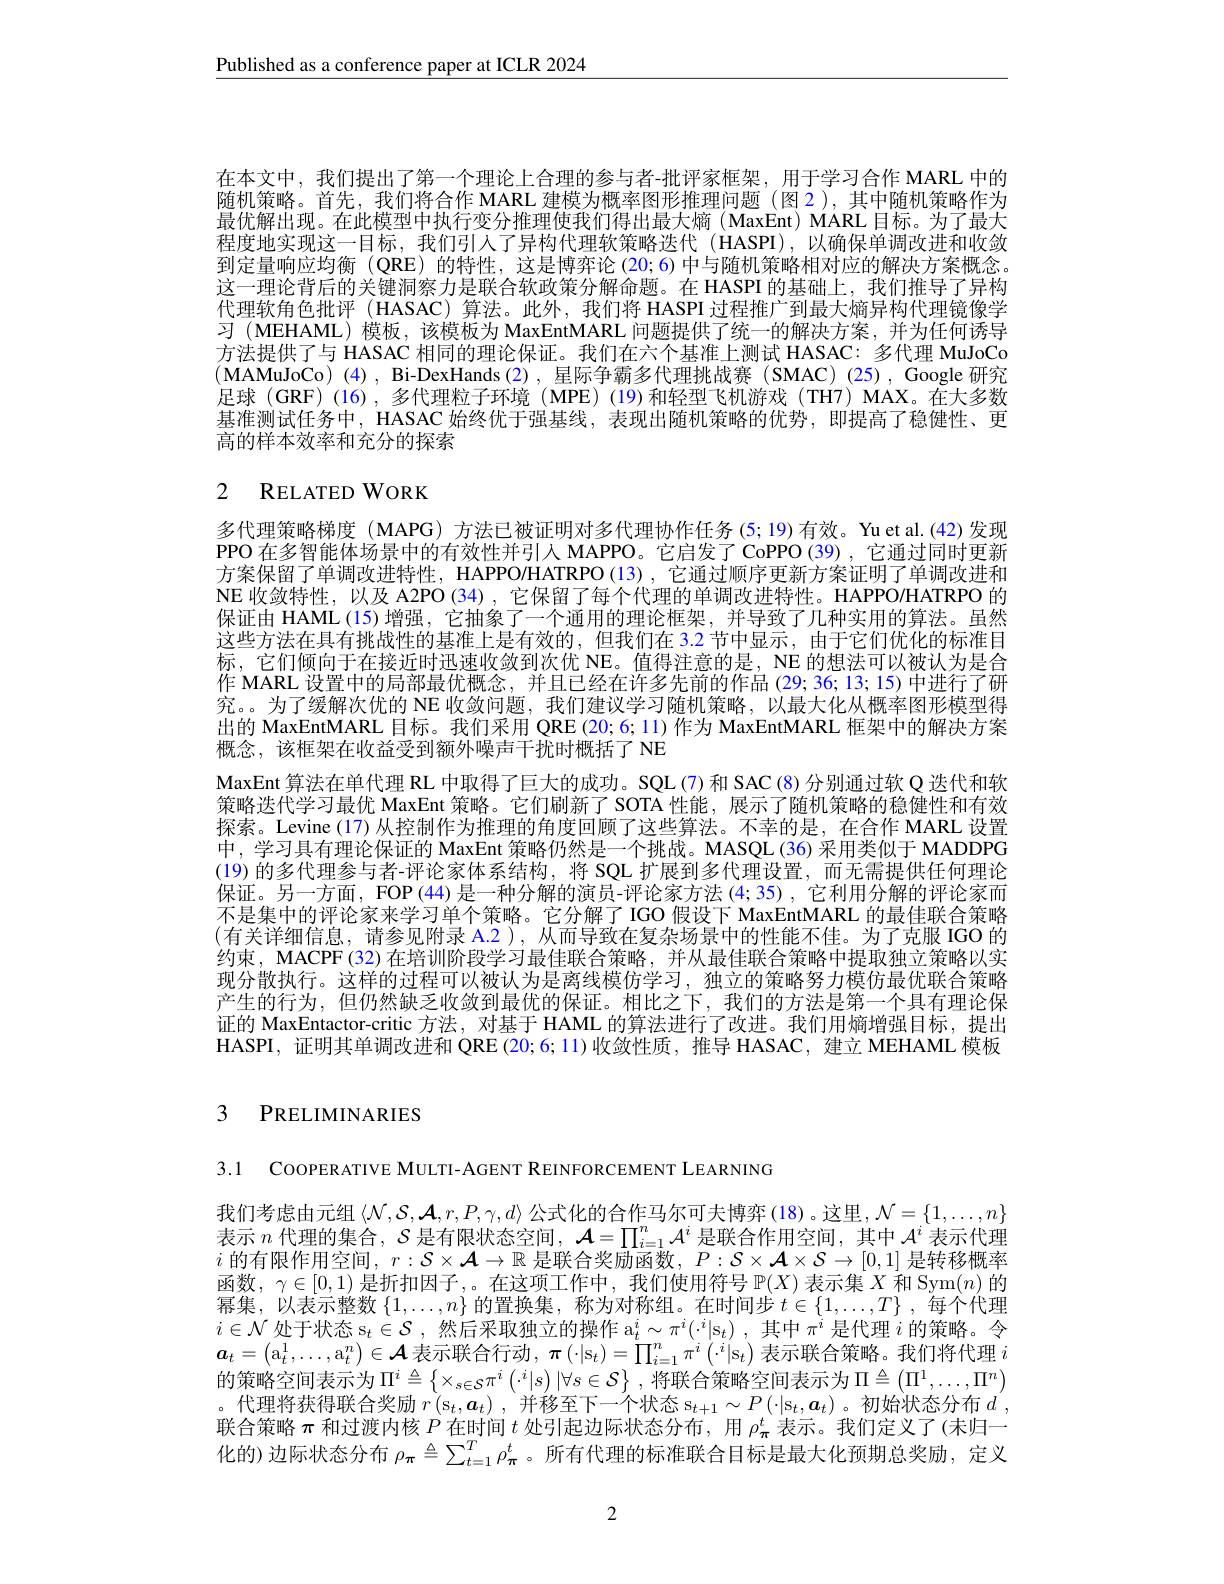
Published as a conference paper at ICLR 2024

在本文中，我们提出了第一个理论上合理的参与者-批评家框架，用于学习合作 MARL 中的随机策略。首先，我们将合作 MARL 建模为概率图形推理问题 (图 2),其中随机策略作为最优解出现。在此模型中执行变分推理使我们得出最大熵(MaxEnt) MARL 目标。为了最大程度地实现这一目标，我们引入了异构代理软策略迭代 (HASPI),以确保单调改进和收敛到定量响应均衡 (QRE)的特性，这是博弈论 (20;6)中与随机策略相对应的解决方案概念。这一理论背后的关键洞察力是联合软政策分解命题。在 HASPI 的基础上，我们推导了异构代理软角色批评 (HASAC) 算法。此外，我们将 HASPI 过程推广到最大熵异构代理镜像学习(MEHAML)模板，该模板为 MaxEntMARL 问题提供了统一的解决方案，并为任何诱导方法提供了与 HASAC 相同的理论保证。我们在六个基准上测试 HASAC: 多代理 MuJoCo (MAMuJoCo)(4), Bi-DexHands(2),星际争霸多代理挑战赛(SMAC)(25),Google 研究足球 (GRF) (16), 多代理粒子环境 (MPE)(19)和轻型飞机游戏 (TH7) MAX。在大多数基准测试任务中，HASAC 始终优于强基线，表现出随机策略的优势，即提高了稳健性、更高的样本效率和充分的探索

# 2 RELATED WORK

多代理策略梯度 (MAPG) 方法已被证明对多代理协作任务 (5;19)有效。Yu et al.(42)发现PPO 在多智能体场景中的有效性并引人 MAPPO。它启发了 CoPPO (39) ,它通过同时更新方案保留了单调改进特性，HAPPO/HATRPO(13), 它通过顺序更新方案证明了单调改进和NE 收敛特性，以及 A2PO (34) ,它保留了每个代理的单调改进特性。HAPPO/HATRPO 的保证由 HAML (15)增强，它抽象了一个通用的理论框架，并导致了几种实用的算法。虽然这些方法在具有挑战性的基准上是有效的，但我们在 3.2 节中显示，由于它们优化的标准目标，它们倾向于在接近时迅速收敛到次优 NE。值得注意的是，NE 的想法可以被认为是合作 MARL 设置中的局部最优概念，并且已经在许多先前的作品 (29; 36; 13; 15) 中进行了研究。。为了缓解次优的 NE 收敛问题，我们建议学习随机策略，以最大化从概率图形模型得出的 MaxEntMARL 目标。我们采用 QRE (20;6; 11) 作为 MaxEntMARL 框架中的解决方案概念，该框架在收益受到额外噪声干扰时概括了NE
MaxEnt 算法在单代理 RL 中取得了巨大的成功。SQL(7) 和 SAC(8) 分别通过软 Q 迭代和软策略迭代学习最优 MaxEnt 策略。它们刷新了 SOTA 性能，展示了随机策略的稳健性和有效探索。Levine (17) 从控制作为推理的角度回顾了这些算法。不幸的是，在合作 MARL 设置中，学习具有理论保证的 MaxEnt 策略仍然是一个挑战。MASQL (36) 采用类似于 MADDPG (19)的多代理参与者-评论家体系结构，将 SQL 扩展到多代理设置，而无需提供任何理论保证。另一方面，FOP(44)是一种分解的演员-评论家方法(4;35), 它利用分解的评论家而不是集中的评论家来学习单个策略。它分解了IGO 假设下 MaxEntMARL 的最佳联合策略(有关详细信息，请参见附录 A.2),从而导致在复杂场景中的性能不佳。为了克服 IGO 的约束，MACPF(32)在培训阶段学习最佳联合策略，并从最佳联合策略中提取独立策略以实现分散执行。这样的过程可以被认为是离线模仿学习，独立的策略努力模仿最优联合策略产生的行为，但仍然缺乏收敛到最优的保证。相比之下，我们的方法是第一个具有理论保证的 MaxEntactor-critic 方法，对基于 HAML 的算法进行了改进。我们用熵增强目标，提出HASPI, 证明其单调改进和 QRE (20;6; 11)收敛性质，推导 HASAC, 建立 MEHAML 模板

# 3 PRELIMINARIES

3.1 COOPERATIVE MULTI-AGENT REINFORCEMENT LEARNING

我们考虑由元组$\left\langle\mathcal{N},\mathcal{S},\mathcal{A},r,P,\gamma,d\right\rangle$公式化的合作马尔可夫博弈(18)。这里$,\mathcal{N}=\{1,\ldots,n\}$ 表示$n$代理的集合，$\mathcal{S}$是有限状态空间，$\mathcal{A}=\prod_i=1^n\mathcal{A}^i$是联合作用空间，其中$\mathcal{A}^i$表示代理$i$的有限作用空间，$r:\mathcal{S}\times\mathcal{A}\to\mathbb{R}$是联合奖励函数，$P:\mathcal{S}\times\mathcal{A}\times\mathcal{S}\to[0,1]$是转移概率函数，$\gamma\in[0,1)$是折扣因子，。在这项工作中，我们使用符号$\mathbb{P}(X)$表示集$X$和 Sym$(n)$的$\begin{aligned}\text{幂集，以表示整数 }\{1,\ldots,n\}\text{ 的置换集，称为对称组。在时间步 }t\in\{1,\ldots,T\},\end{aligned}$每个代理$i\in \mathcal{N} \text{ 处 于 状 态 s}_t\in \mathcal{S} $,然后采取独立的操作 a$_t^i\sim \pi ^i( \cdot ^i| \mathfrak{s} _t)$ , 其 中 $\pi ^i$是代理$i$的策略。令$\boldsymbol{a}_t= \left ( \mathrm{a} _t^1, \ldots , \mathrm{a} _t^n\right ) \in \mathcal{A}$表示联合行动$,\boldsymbol\pi\left(\cdot|\mathrm{s}_t\right)=\prod_i=1^n\pi^i\left(\cdot^i|\mathrm{s}_t\right)$表示联合策略。我们将代理 $i$ 的策略空间表示为$\Pi^i\triangleq\left\{\times_{s\in\mathcal{S}}\pi^i\left(\cdot^i|s\right)|\forall s\in\mathcal{S}\right\}$,将联合策略空间表示为$\Pi\triangleq\left(\Pi^1,\ldots,\Pi^n\right)$ 。代理将获得联合奖励$r\left(\mathrm{s}_t,\boldsymbol{a}_t\right)$,并移至下一个状态$\mathrm{s}_t+1\sim P\left(\cdot|\mathrm{s}_t,\boldsymbol{a}_t\right)$。初始状态分布$d^\prime$, 联合策略$\pi$和过渡内核$P$在时间$t$处引起边际状态分布，用$\rho_\mathrm{\pi}^t$表示。我们定义了(未归一化的)边际状态分布$\rho_{\pi}\triangleq\sum_{t=1}^T\rho_{\pi}^t$ 。所有代理的标准联合目标是最大化预期总奖励，定义

2